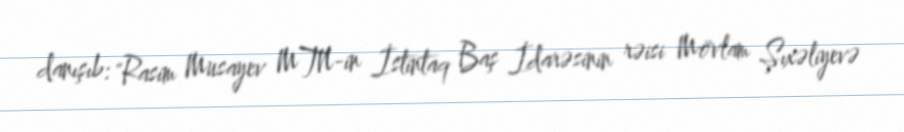
danışıb: "Rasim Musayev MTN-in İstintaq Baş İdarəsinin rəisi Mövlam Şıxəliyevə